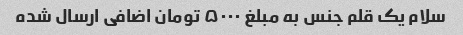
سلام یک قلم جنس به مبلغ ۵۰۰۰ تومان اضافی ارسال شده